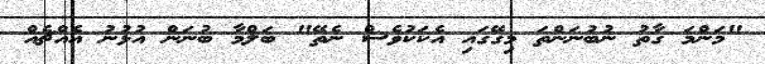
"މަންމަ ގާތު ނުބުނަންތަ މިގޭގައި އެކަކުވެސް ނެތޭ" ބަލްމާ ބުނަން އުޅުނު އެއްޗެއް